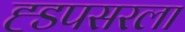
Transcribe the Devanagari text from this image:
ह्डपसरला